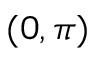
( 0 , \pi )